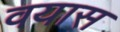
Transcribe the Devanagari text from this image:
वयास